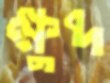
ক্ষুব্দ